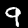
Digit: 9